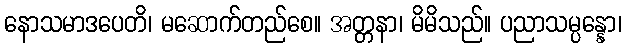
နောသမာဒပေတိ၊ မဆောက်တည်စေ။ အတ္တနာ၊ မိမိသည်။ ပညာသမ္ပန္နော၊